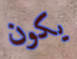
يكون